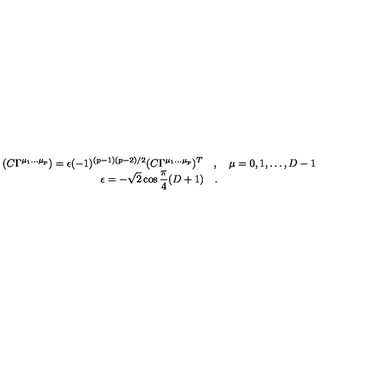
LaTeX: \begin{array} { c } { \displaystyle ( C \Gamma ^ { \mu _ { 1 } \dots \mu _ { p } } ) = \epsilon ( - 1 ) ^ { ( p - 1 ) ( p - 2 ) / 2 } ( C \Gamma ^ { \mu _ { 1 } \dots \mu _ { p } } ) ^ { T } \quad , \quad \mu = 0 , 1 , \dots , D - 1 } \\ { \displaystyle \epsilon = - \sqrt { 2 } \cos { \frac { \pi } { 4 } } ( D + 1 ) \quad . } \\ \end{array}